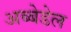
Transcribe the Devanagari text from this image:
अब्बेडेल